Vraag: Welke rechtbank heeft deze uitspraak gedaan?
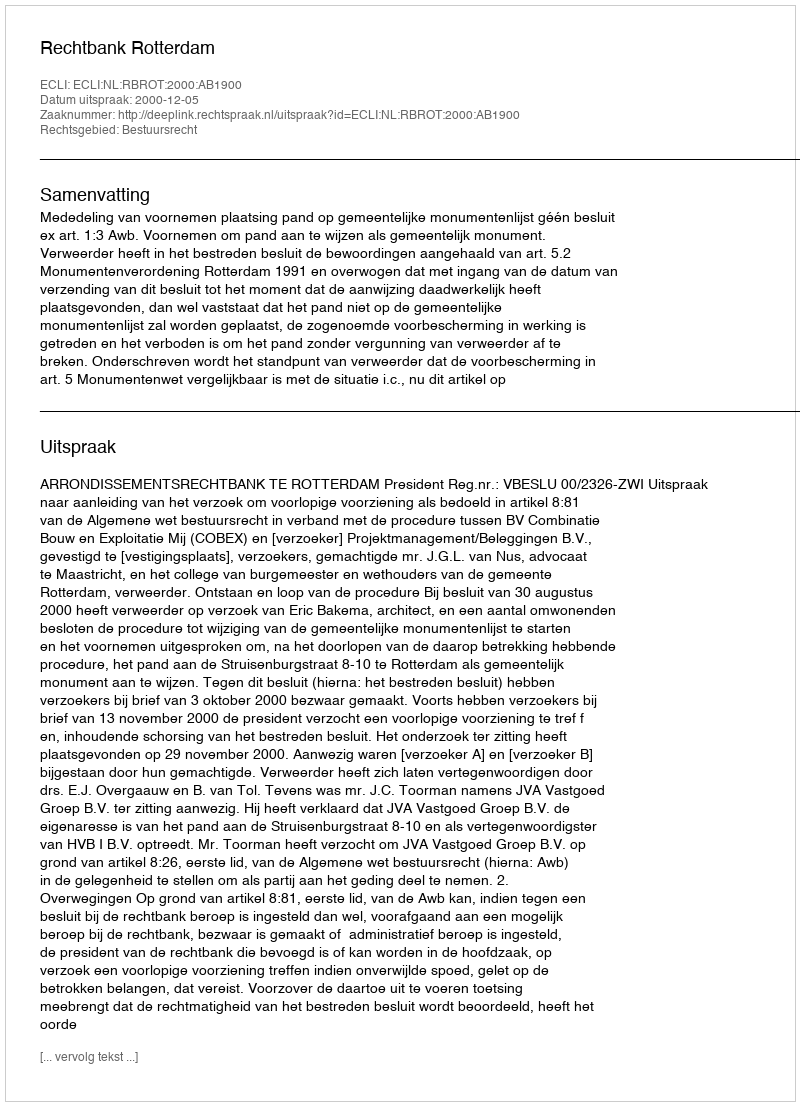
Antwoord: Rechtbank Rotterdam